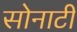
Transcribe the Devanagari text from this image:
सोनाटी